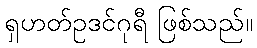
ရှဟတ်ဥဒင်ဂုရီ ဖြစ်သည်။